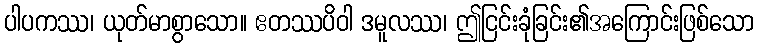
ပါပကဿ၊ ယုတ်မာစွာသော။ ဧတဿပိဝါ ဒမူလဿ၊ ဤငြင်းခုံခြင်း၏အကြောင်းဖြစ်သော